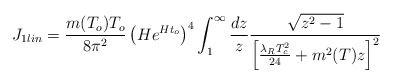
\begin{align*}J_{1lin} = \frac{m(T_o)T_o}{8\pi^2}\left(H e^{Ht_o}\right)^4\int^{\infty}_{1}\frac{dz}{z} \frac{\sqrt{z^2-1}}{\left[\frac{\lambda_R T^2_c}{24}+m^2(T)z\right]^2}\end{align*}